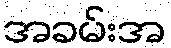
အခမ်းအ